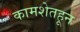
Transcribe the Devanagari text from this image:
कामशेतहून